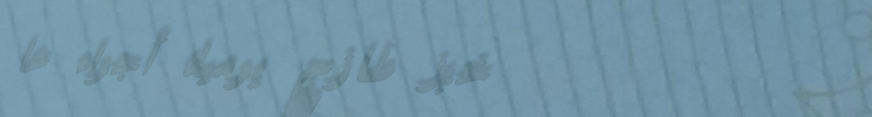
خبز طازج يومياً، أجواء عا